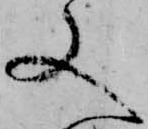
又